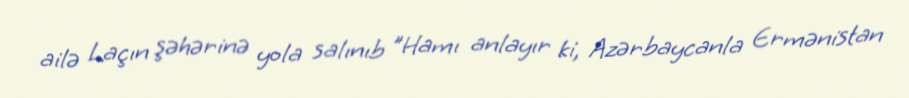
ailə Laçın şəhərinə yola salınıb "Hamı anlayır ki, Azərbaycanla Ermənistan